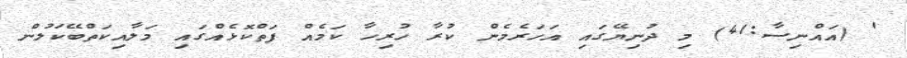
' (އައްނިސާ:41) މި ދުނިޔޭގައި އަހަރެމެން ކުރާ ހުރިހާ ކަމެއް ފަތްކޮޅެއްގައި މަލާއިކަތްބޭކަލުން